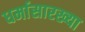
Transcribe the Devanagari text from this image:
धर्मासारख्या